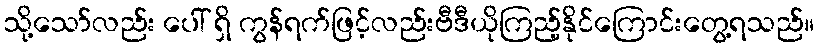
သို့သော်လည်း ပေါ် ရှိ ကွန်ရက်ဖြင့်လည်းဗီဒီယိုကြည့်နိုင်ကြောင်းတွေ့ရသည်။